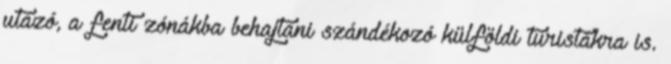
utazó, a fenti zónákba behajtani szándékozó külföldi turistákra is.